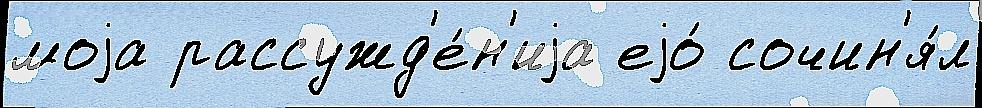
моjа рассужд'е́н'иjа еjо́ сочин'я́л